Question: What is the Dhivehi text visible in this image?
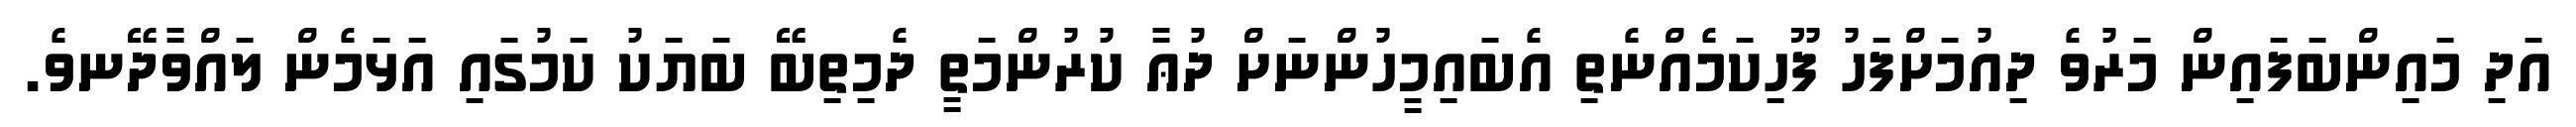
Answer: އަދި މައިންބަފައިން މަރުވެ ދިއުމަށްފަހު ފޫހިކަމެއްނެތި އެބައިމީހުންނަށް ދުޢާ ކުރުންމަތީ ދެމިތިބޭ ބަޔަކު ކަމުގައި އަޅަމެން ލައްވާދޭނވެ.